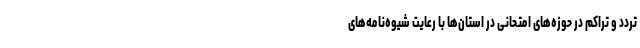
تردد و تراکم در حوزه‌های امتحانی در استان‌ها با رعایت شیوه‌نامه‌های